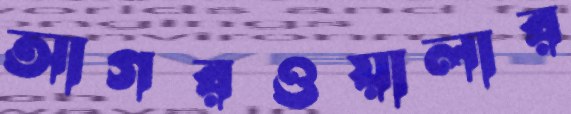
আগরওয়ালার